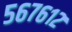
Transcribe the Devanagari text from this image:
५६७६१२